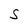
Character: S